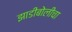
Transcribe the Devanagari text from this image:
झाडीबोलीचा